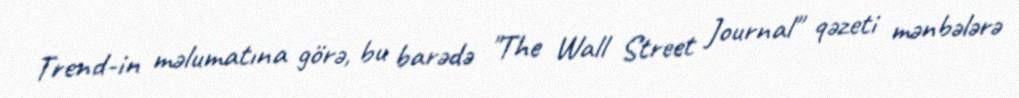
Trend-in məlumatına görə, bu barədə "The Wall Street Journal" qəzeti mənbələrə